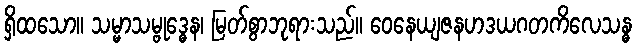
ရှိထသော။ သမ္မာသမ္ဗုဒ္ဓေန၊ မြတ်စွာဘုရားသည်။ ဝေနေယျဇနဟဒယဂတကိလေသန္ဓ